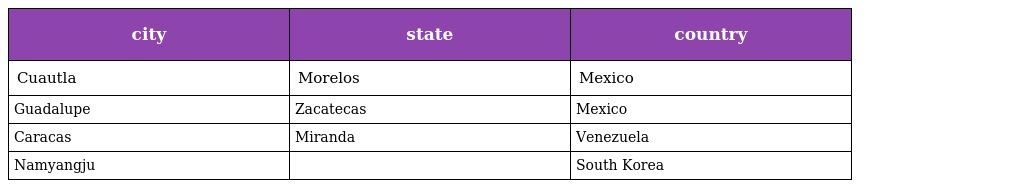
| city | state | country |
 | --- | --- | --- |
 | Cuautla | Morelos | Mexico |
 | Guadalupe | Zacatecas | Mexico |
 | Caracas | Miranda | Venezuela |
 | Namyangju |  | South Korea |